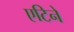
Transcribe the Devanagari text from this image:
एटिने